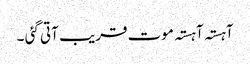
آہستہ آہستہ موت قریب آتی گئی ۔